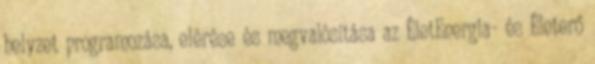
helyzet programozása, elérése és megvalósítása az ÉletEnergia- és Életerő